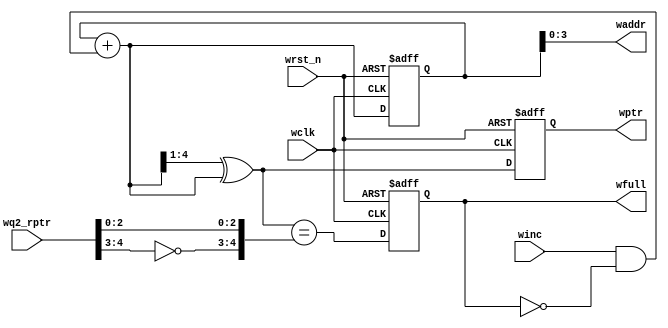
module wptr_full #(  parameter ADDRSIZE = 4)
(
    output  reg                     wfull,
    output      [ADDRSIZE-1 : 0]    waddr,
    output  reg [ADDRSIZE   : 0]    wptr,
    input       [ADDRSIZE   : 0]    wq2_rptr,
    input                           winc, wclk, wrst_n
);

reg     [ADDRSIZE : 0]  wbin;
wire    [ADDRSIZE : 0]  wgraynext, wbinnext;

//GRAY pointer
always@(posedge wclk, negedge wrst_n)begin
    if(!wrst_n)
        {wbin, wptr} <= 0;
    else
        {wbin, wptr} <= {wbinnext, wgraynext};
end

// Memory write-address pointer
assign waddr = wbin[ADDRSIZE-1 : 0];

assign wbinnext  = wbin + (winc & ~wfull);
assign wgraynext = (wbinnext >> 1) ^ wbinnext;

assign wfull_val = (wgraynext == { ~wq2_rptr[ADDRSIZE : ADDRSIZE-1],
                                    wq2_rptr[ADDRSIZE-2 : 0]});

always@(posedge wclk, negedge wrst_n)begin
    if(!wrst_n)
        wfull <= 1'b0;
    else
        wfull <= wfull_val;
end
    
endmodule